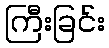
ကြီးခြင်း